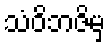
သံဝိဘဇိမှ